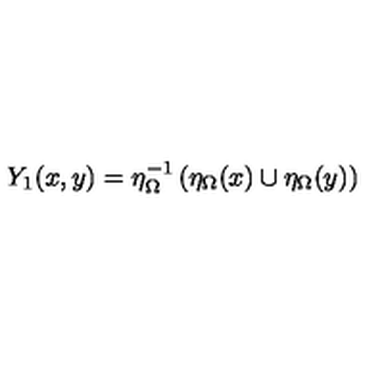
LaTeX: Y _ { 1 } ( x , y ) = \eta _ { \Omega } ^ { - 1 } \left( \eta _ { \Omega } ( x ) \cup \eta _ { \Omega } ( y ) \right)